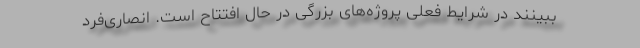
ببینند در شرایط فعلی پروژه‌های بزرگی در حال افتتاح است. انصاری‌فرد